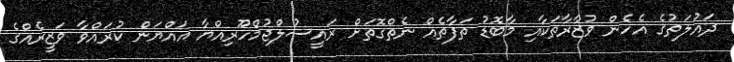
ދައުލަތުގެ އެހެން ވުޒާރާތަކާއި މާބޮޑު ތަފާތެއް ނެތްގޮތަށް ރައީސުލްޖުމްހޫރިއްޔާ އައްޔަން ކުރައްވާ ވަޒީރެއްގެ